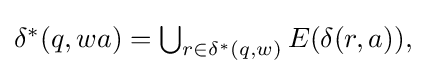
{\textstyle \delta ^{*}(q,wa)=\bigcup _{r\in \delta ^{*}(q,w)}E(\delta (r,a)),}